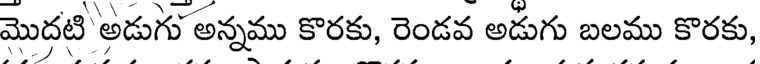
మొదటి అడుగు అన్నము కొరకు, రెండవ అడుగు బలము కొరకు,